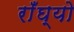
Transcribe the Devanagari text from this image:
राँघ्यो